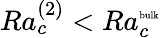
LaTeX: Ra_{c}^{(2)}<Ra_{c}^{\mathrm{\tiny{bulk}}}